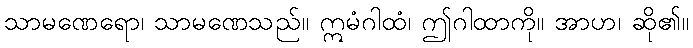
သာမဏေရော၊ သာမဏေသည်။ ဣမံဂါထံ၊ ဤဂါထာကို။ အာဟ၊ ဆို၏။